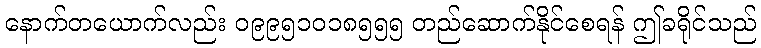
နောက်တယောက်လည်း ၀၉၉၅၁၀၁၈၅၅၅ တည်ဆောက်နိုင်စေရန် ဤခရိုင်သည်